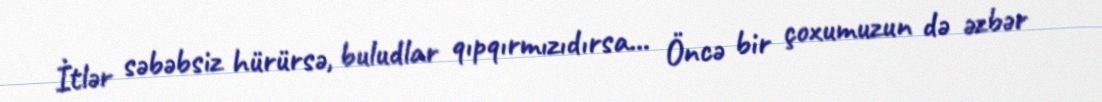
İtlər səbəbsiz hürürsə, buludlar qıpqırmızıdırsa... Öncə bir çoxumuzun də əzbər